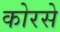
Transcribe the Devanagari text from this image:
कोरसे